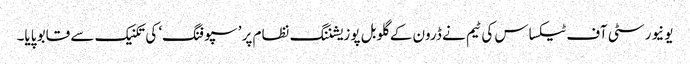
یونیورسٹی آف ٹیکساس کی ٹیم نے ڈرون کے گلوبل پوزیشننگ نظام پر ’سپوفنگ‘ کی تکنیک سے قابو پایا۔